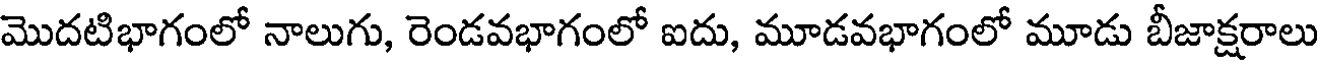
మొదటిభాగంలో నాలుగు, రెండవభాగంలో ఐదు, మూడవభాగంలో మూడు బీజాక్షరాలు